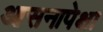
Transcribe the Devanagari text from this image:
आसनापेक्षा